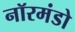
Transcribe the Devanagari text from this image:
नॉरमंडो